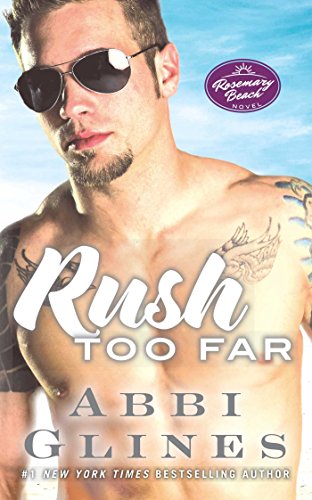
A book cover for Rush Too Far: A Rosemary Beach Novel (The Rosemary Beach Series); Abbi Glines; Romance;